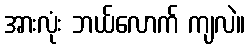
အားလုံး ဘယ်လောက် ကျလဲ။